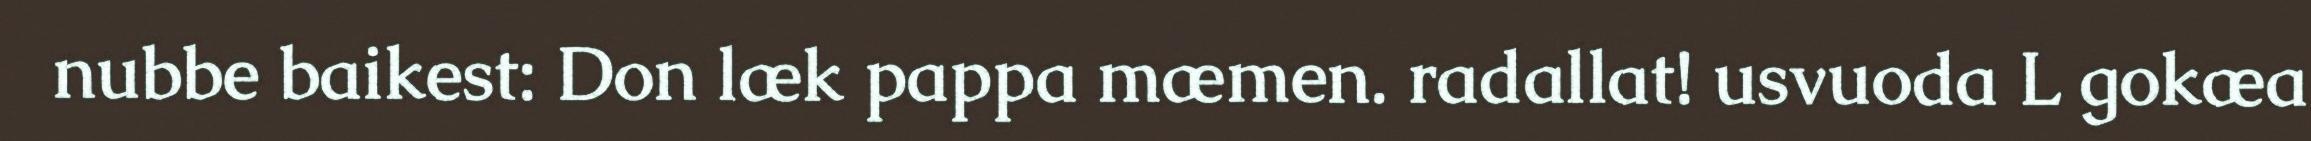
nubbe baikest: Don læk pappa mæmen. radallat! usvuoda L gokæa